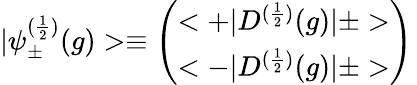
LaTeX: |{\psi}_{\pm}^{(\frac{1}{2})}(g)>\equiv\left(\begin{array}{c}{{<+|D^{(\frac{1}{2})}(g)|\pm>}}\\ {{<-|D^{(\frac{1}{2})}(g)|\pm>}}\end{array}\right)\,